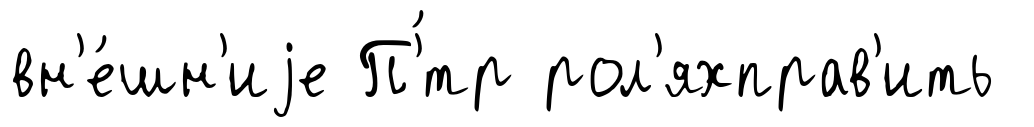
вн'е́шн'иjе П'́тр рол'яхправ'ить